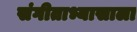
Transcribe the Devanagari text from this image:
संगीताभ्यासाला